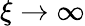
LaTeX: \xi\to\infty